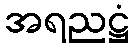
အရညဋ္ဌံ